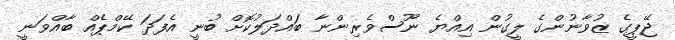
ޖޭޕީގެ ޒުވާނުންގެ ލީގުން އިއްޔެ ނޫސްވެރިންނާ ބައްދަލުކޮށް ބުނީ އެފަދަ ކޭމްޕެއް ބާއްވަނީ